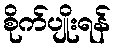
စိုက်ပျိုးရန်